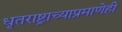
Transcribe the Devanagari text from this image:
धृतराष्ट्राच्याप्रमाणेही